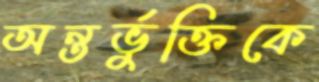
অন্তর্ভুক্তিকে